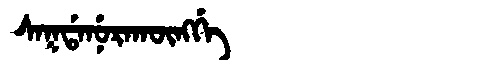
Manchu: ᠰᠠᡴᡩᠠᠨᡠᡵᠠᡴᡡᠩᡤᡝ
Romanization: SAKDANURAKŪNGGE